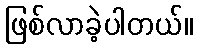
ဖြစ်လာခဲ့ပါတယ်။